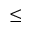
\le